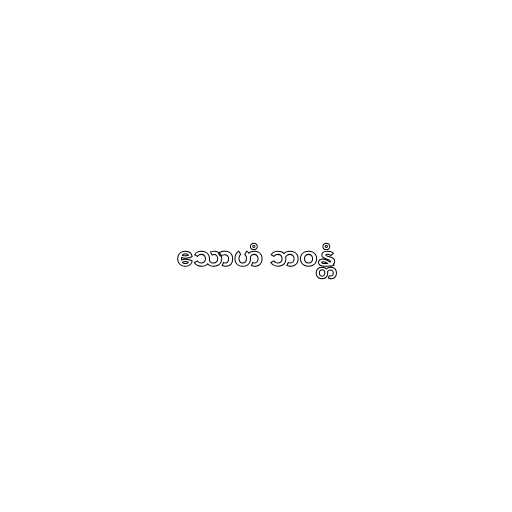
ဧသာဟံ ဘဝန္တံ